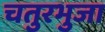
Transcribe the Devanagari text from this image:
चतुरभुजा